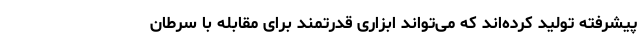
پیشرفته تولید کرده‌اند که می‌تواند ابزاری قدرتمند برای مقابله با سرطان